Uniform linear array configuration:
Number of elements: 8
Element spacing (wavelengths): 0.5
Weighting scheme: hamming
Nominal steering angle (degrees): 0
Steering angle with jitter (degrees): -1.796
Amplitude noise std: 0.05
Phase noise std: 0.05

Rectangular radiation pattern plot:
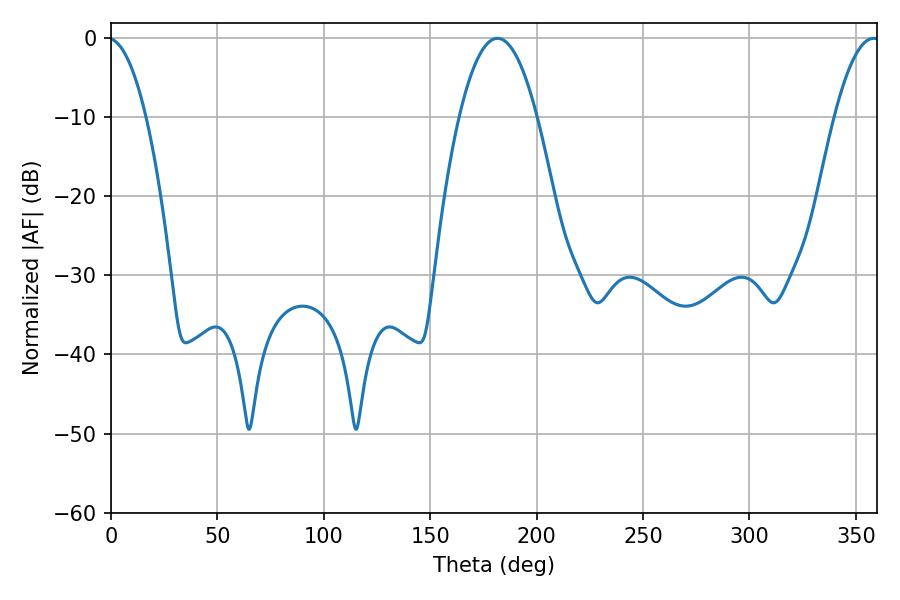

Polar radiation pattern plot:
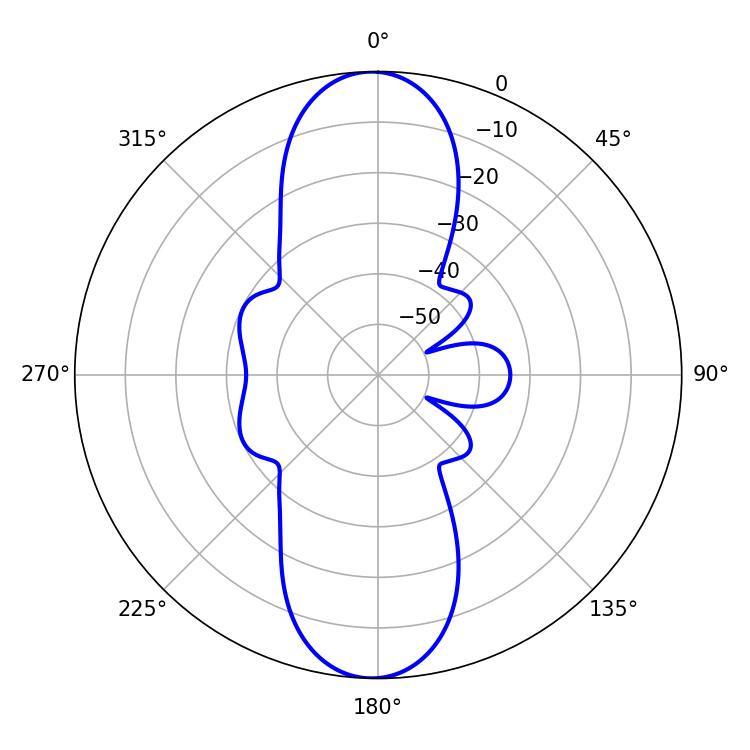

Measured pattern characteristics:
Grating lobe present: FALSE
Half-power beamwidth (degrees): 11.7
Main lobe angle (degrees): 358.38